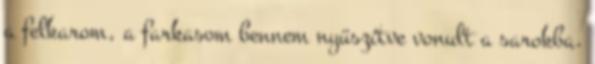
a felkarom, a farkasom bennem nyüszítve vonult a sarokba.